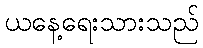
ယနေ့ရေးသားသည်